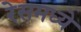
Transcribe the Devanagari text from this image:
रेसमध्ये